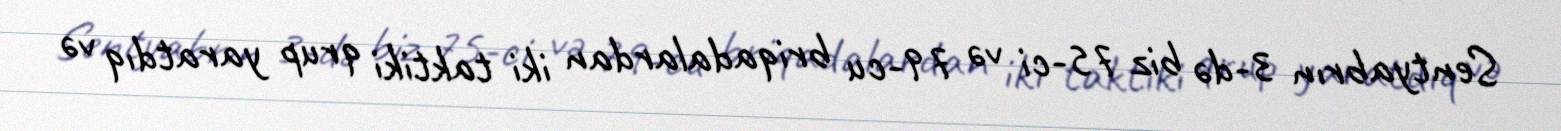
Sentyabrın 3-də biz 75-ci və 79-cu briqadalardan iki taktiki qrup yaratdıq və